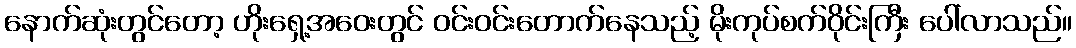
နောက်ဆုံးတွင်တော့ ဟိုးရှေ့အဝေးတွင် ဝင်းဝင်းတောက်နေသည့် မိုးကုပ်စက်ဝိုင်းကြီး ပေါ်လာသည်။